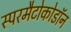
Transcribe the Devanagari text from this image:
स्परमैटोकोडॉन